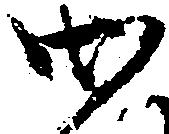
御